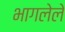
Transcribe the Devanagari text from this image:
भागलेले